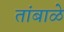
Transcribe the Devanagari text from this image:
तांबाळे